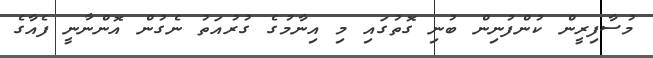
މުސާފިރީން ކުންފުނިން ބުނި ގޮތުގައި މި އިނާމުގެ ގުރުއަތު ނެގުން އޮންނާނީ ފެއާގެ